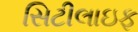
સિટીલાઇફ